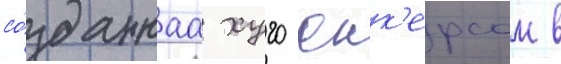
со́зданнаа хуго юнк'ерсом в